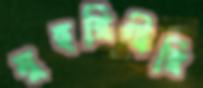
মুহুরিগীরি